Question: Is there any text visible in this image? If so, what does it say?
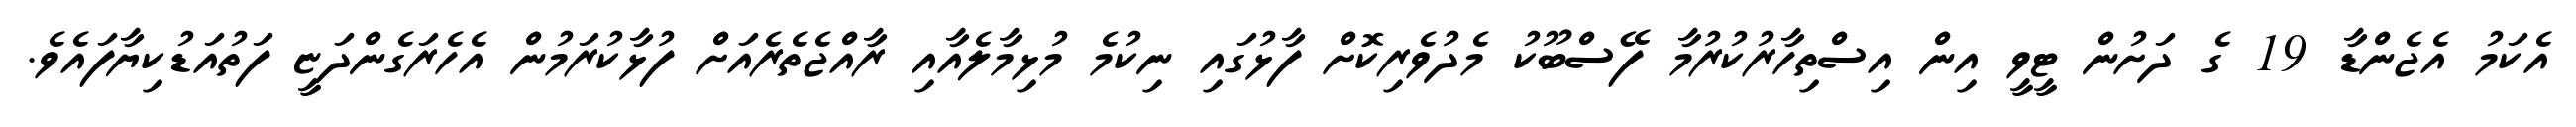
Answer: އެކަމު އެޖެންޑާ 19 ގެ ދަށުން ޓީވީ އިން އިސްތިހާރުކުރުމާ ފޭސްބޫކު މެދުވެރިކޮށް ފާޅުގައި ނިކުމެ މުޅިމާލެއާއި ރާއްޖެތެރެއަށް ފުޅާކުރަމުން އެހެރަގެންދަޏީ ފަތުއަޑުކިޔާފައެވެ.